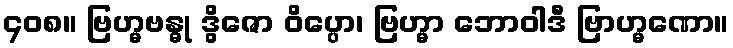
၄၀၈။ ဗြဟ္မဗန္ဓု ဒွိဇော ဝိပ္ပော၊ ဗြဟ္မာ ဘောဝါဒီ ဗြာဟ္မဏော။